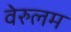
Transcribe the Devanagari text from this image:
वेरुलम